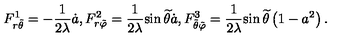
F _ { r { \tilde { \theta } } } ^ { 1 } = - \frac { 1 } { 2 \lambda } { \dot { a } } , F _ { r { \tilde { \varphi } } } ^ { 2 } = \frac { 1 } { 2 \lambda } { \sin { \widetilde { \theta } } { \dot { a } } } , F _ { { \tilde { \theta } } { \tilde { \varphi } } } ^ { 3 } = \frac { 1 } { 2 \lambda } { \sin { \widetilde { \theta } } } \left( 1 - a ^ { 2 } \right) .